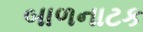
બાળનાટક